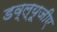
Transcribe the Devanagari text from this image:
डव्ल्यूजीए